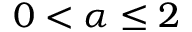
0 < \alpha \leq 2